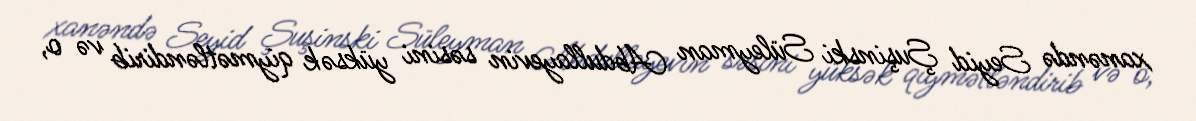
xanəndə Seyid Şuşinski Süleyman Abdullayevin səsini yüksək qiymətləndirib və o,